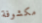
مكشوفة